On kala azar, malaria and malarial cachexia - Number 19
Disease focus: Malaria
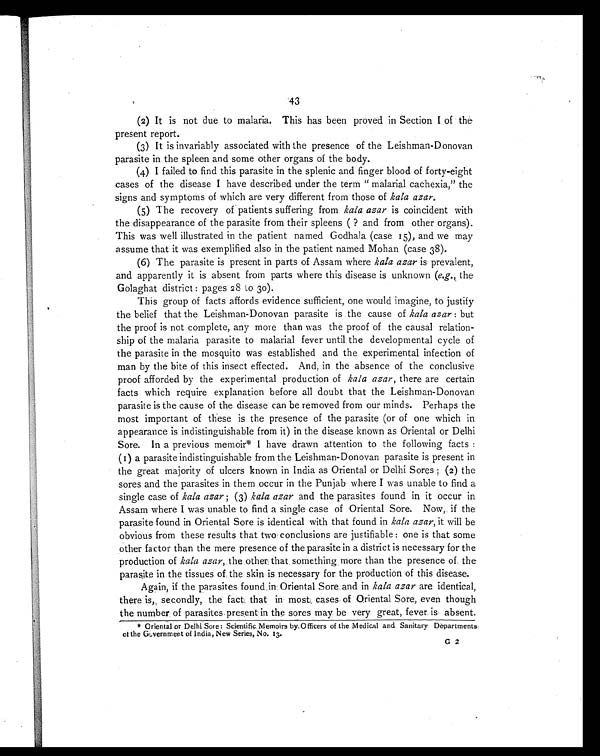
43
(2) It is not due to malaria. This has been proved in Section I of the
present report.
(3) It is invariably associated with the presence of the Leishman-Donovan
parasite in the spleen and some other organs of the body.
(4) I failed to find this parasite in the splenic and finger blood of forty-eight
cases of the disease I have described under the term " malarial cachexia," the
signs and symptoms of which are very different from those of kala azar.
(5) The recovery of patients suffering from kala azar is coincident with
the disappearance of the parasite from their spleens ( ? and from other organs).
This was well illustrated in the patient named Godhala (case 15), and we may
assume that it was exemplified also in the patient named Mohan (case 38).
(6) The parasite is present in parts of Assam where kala azar is prevalent,
and apparently it is absent from parts where this disease is unknown (e.g., the
Golaghat district : pages 28 to 30).
This group of facts affords evidence sufficient, one would imagine, to justify
the belief that the Leishman-Donovan parasite is the cause of kala azar : but
the proof is not complete, any more than was the proof of the causal relation-
ship of the malaria parasite to malarial fever until the developmental cycle of
the parasite in the mosquito was established and the experimental infection of
man by the bite of this insect effected. And, in the absence of the conclusive
proof afforded by the experimental production of kala azar, there are certain
facts which require explanation before all doubt that the Leishman-Donovan
parasite is the cause of the disease can be removed from our minds. Perhaps the
most important of these is the presence of the parasite (or of one which in
appearance is indistinguishable from it) in the disease known as Oriental or Delhi
Sore. In a previous memoir* I have drawn attention to the following facts :
(1) a parasite indistinguishable from the Leishman-Donovan parasite is present in
the great majority of ulcers known in India as Oriental or Delhi Sores ; (2) the
sores and the parasites in them occur in the Punjab where I was unable to find a
single case of kala azar ; (3) kala azar and the parasites found in it occur in
Assam where I was unable to find a single case of Oriental Sore. Now, if the
parasite found in Oriental Sore is identical with that found in kala azar, it will be
obvious from these results that two conclusions are justifiable : one is that some
other factor than the mere presence of the parasite in a district is necessary for the
production of kala azar, the other that something more than the presence of the
parasite in the tissues of the skin is necessary for the production of this disease.
Again, if the parasites found in Oriental Sore and in kala azar are identical,
there is, secondly, the fact that in most cases of Oriental Sore, even though
the number of parasites present in the sores may be very great, fever is absent.
* Oriental or Delhi Sore: Scientific Memoirs by Officers of the Medical and Sanitary Departments
of the Government of India, New Series, No. 13.
G 2